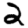
Digit: 2